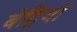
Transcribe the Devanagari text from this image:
बेट्रियां